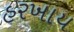
હરખાય